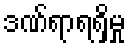
ဒဏ်ရာရရှိမှု